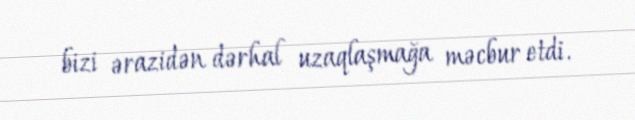
bizi ərazidən dərhal uzaqlaşmağa məcbur etdi.